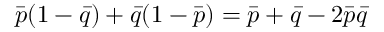
\bar { p } ( 1 - \bar { q } ) + \bar { q } ( 1 - \bar { p } ) = \bar { p } + \bar { q } - 2 \bar { p } \bar { q }